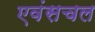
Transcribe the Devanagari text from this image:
एवंसचल